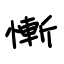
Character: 慚